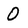
Character: 0